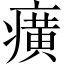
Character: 癀